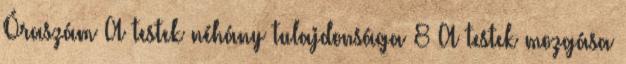
Óraszám A testek néhány tulajdonsága 8 A testek mozgása